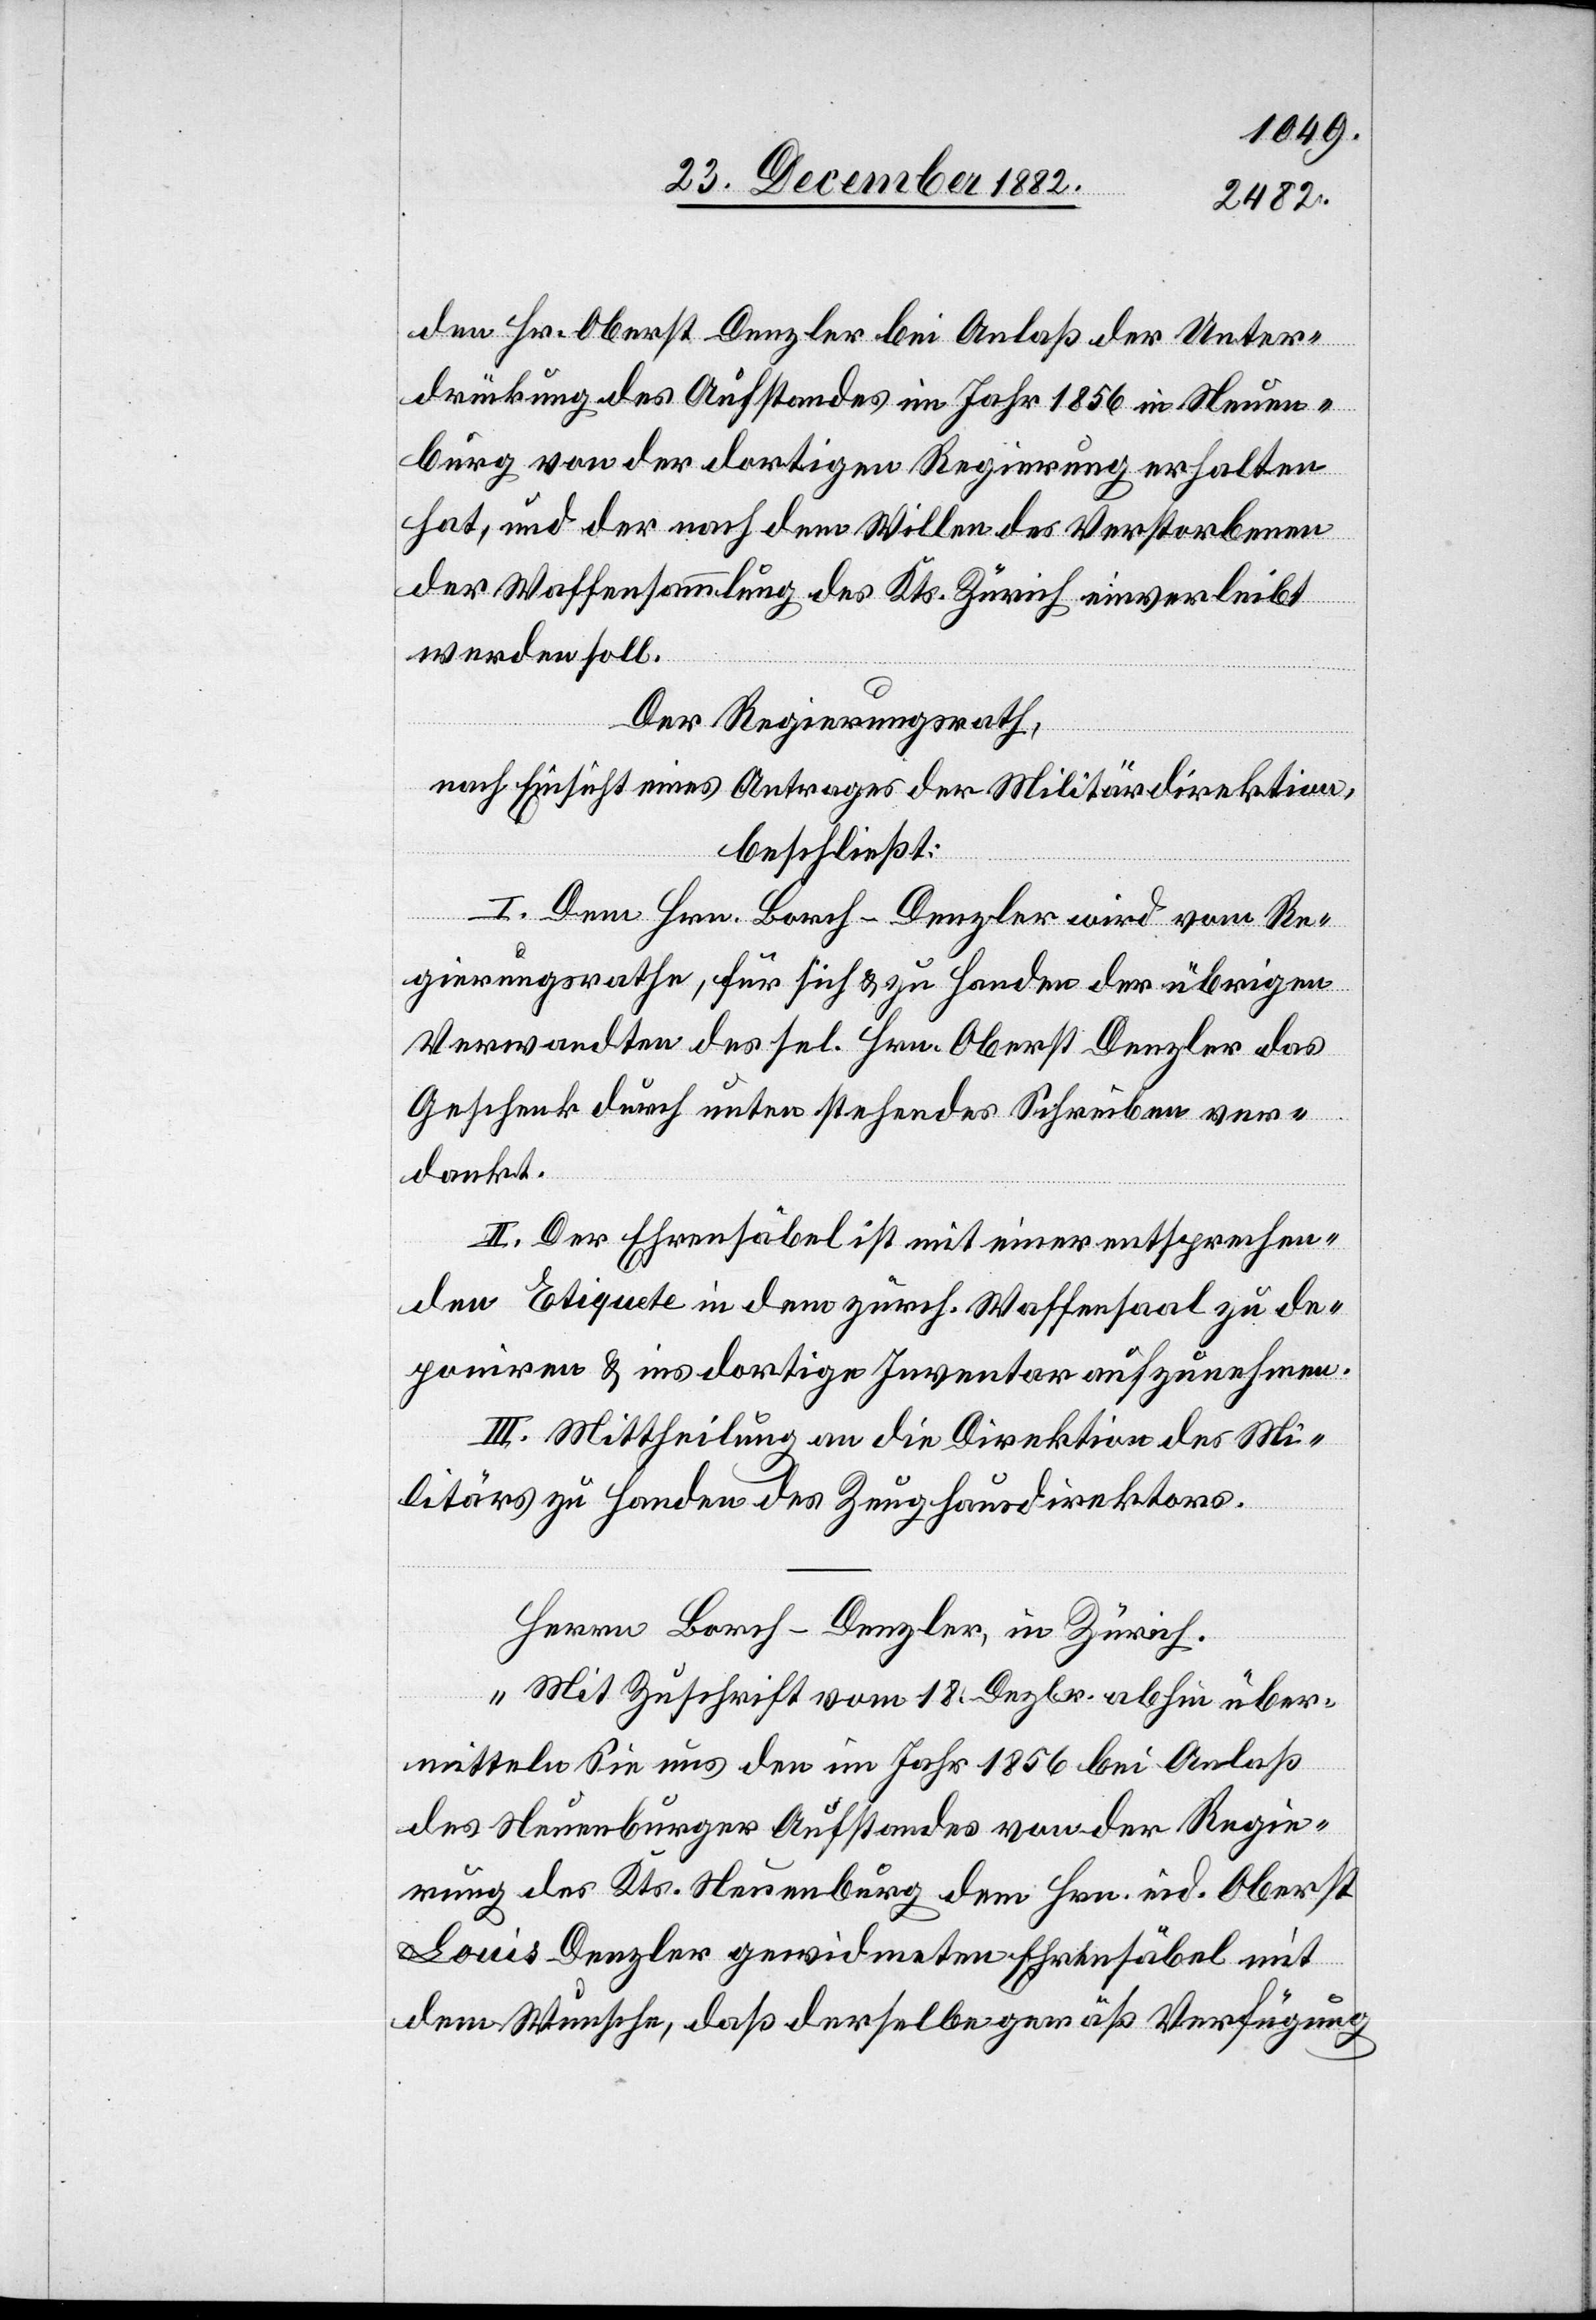
den Hr. Oberst Denzler bei Anlaß der Unter¬
drückung des Aufstandes im Jahr 1856 in Neuen¬
burg von der dortigen Regierung erhalten
hat, und der nach dem Willen des Verstorbenen
der Waffensammlung des Kts. Zürich einverleibt
werden soll.
Der Regierungsrath,
nach Einsicht eines Antrages der Militärdirektion,
beschließt:
I. Dem Hrn. Borch-Denzler wird vom Re¬
gierungsrathe, für sich & zu Handen der übrigen
Verwandten des sel. Hrn. Oberst Denzler das
Geschenk durch unten stehendes Schreiben ver¬
dankt.
II. Der Ehrensäbel ist mit einer entsprechen¬
den Etiquete in dem zürch. Waffensaal zu de¬
poniren & ins dortige Inventar aufzunehmen.
III. Mittheilung an die Direktion des Mi¬
litärs zu Handen des Zeughausdirektors.
Herrn Borch-Denzler, in Zürich.
„Mit Zuschrift vom 18. Dezbr. abhin über¬
mitteln Sie uns den im Jahr 1856 bei Anlaß
des Neuenburger Aufstandes von der Regie¬
rung des Kts. Neuenburg dem Hrn. eid. Oberst
Louis Denzler gewidmeten Ehrensäbel mit
dem Wunsche, daß derselbe gemäß Verfügung